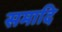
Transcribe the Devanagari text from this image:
समादि